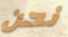
نحن